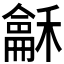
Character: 𮃰